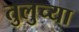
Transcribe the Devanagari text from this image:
तुलुच्या